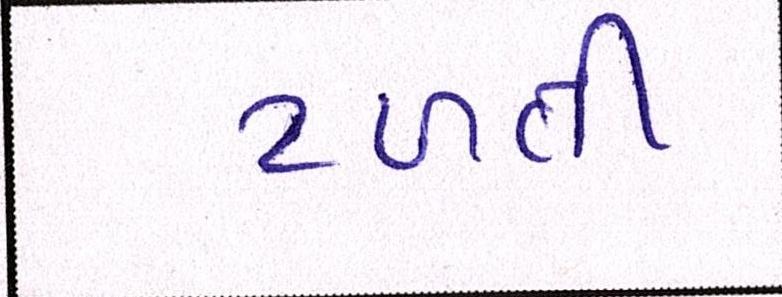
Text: ટળતી